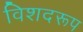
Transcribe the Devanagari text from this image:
विशदरूप